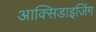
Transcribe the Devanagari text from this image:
आक्सिडाइजिंग